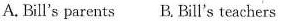
A. Bill's parents B. Bill's teachers